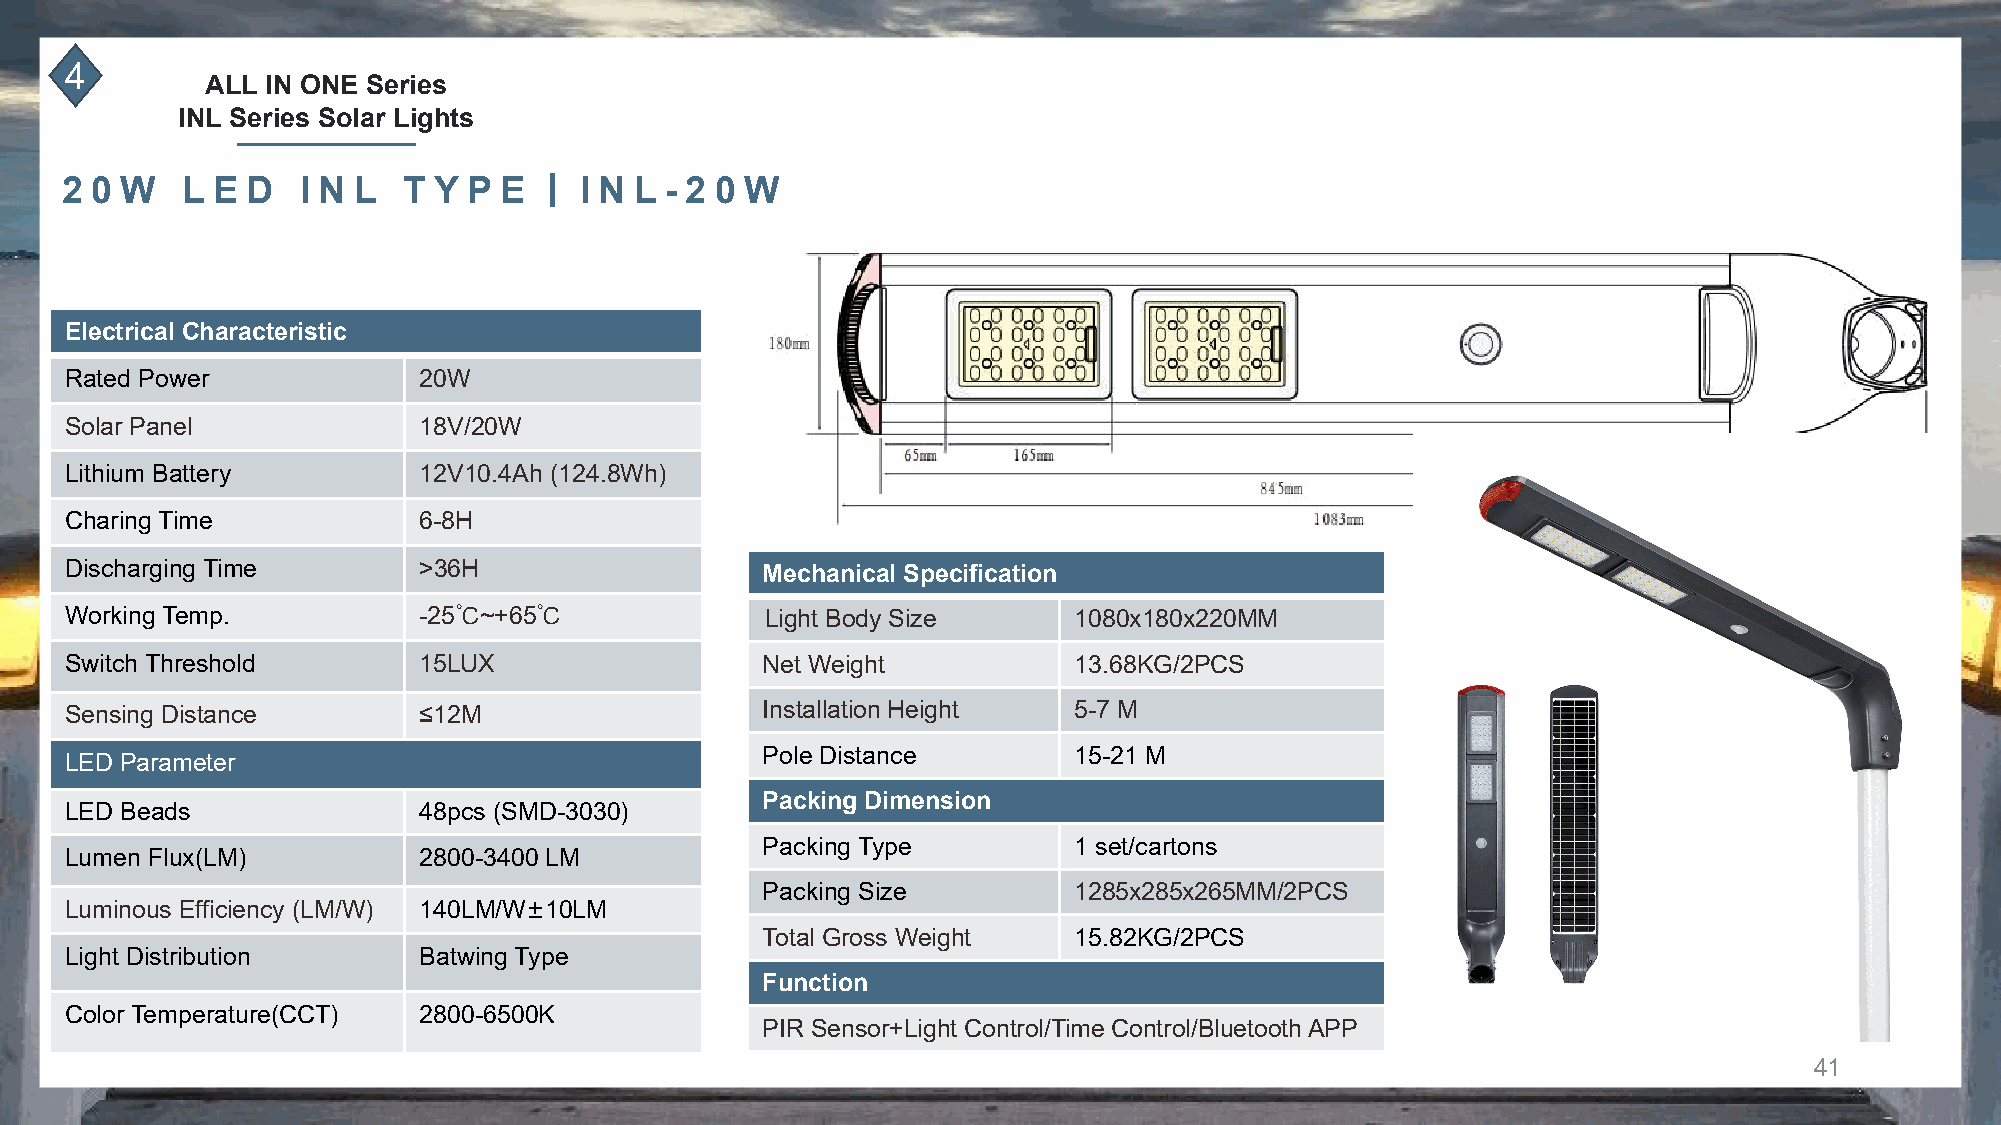
4
 ALL IN ONE Series
 INL Series Solar Lights
 丨
 2 0 W   L E D   I N L  T Y P E    I N L - 2 0 W
 Electrical Characteristic
 Rated Power             20W
 Solar Panel             18V/20W
 Lithium Battery         12V10.4Ah (124.8Wh)
 Charing Time            6-8H
 Discharging Time        >36H                  Mechanical Specification
 Working Temp.           -25℃~+65℃              Light Body Size     1080x180x220MM
 Switch Threshold        15LUX                 Net Weight           13.68KG/2PCS
 Sensing Distance        ≤12M                  Installation Height  5-7 M
 Pole Distance        15-21 M
 LED Parameter
 Packing Dimension
 LED Beads               48pcs (SMD-3030)
 Packing Type         1 set/cartons
 Lumen Flux(LM)          2800-3400 LM
 Packing Size         1285x285x265MM/2PCS
 Luminous Efficiency (LM/W) 140LM/W±10LM
 Total Gross Weight   15.82KG/2PCS
 Light Distribution      Batwing Type
 Function
 Color Temperature(CCT)  2800-6500K
 PIR Sensor+Light Control/Time Control/Bluetooth APP
 41